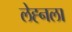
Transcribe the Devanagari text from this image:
लेह्नला